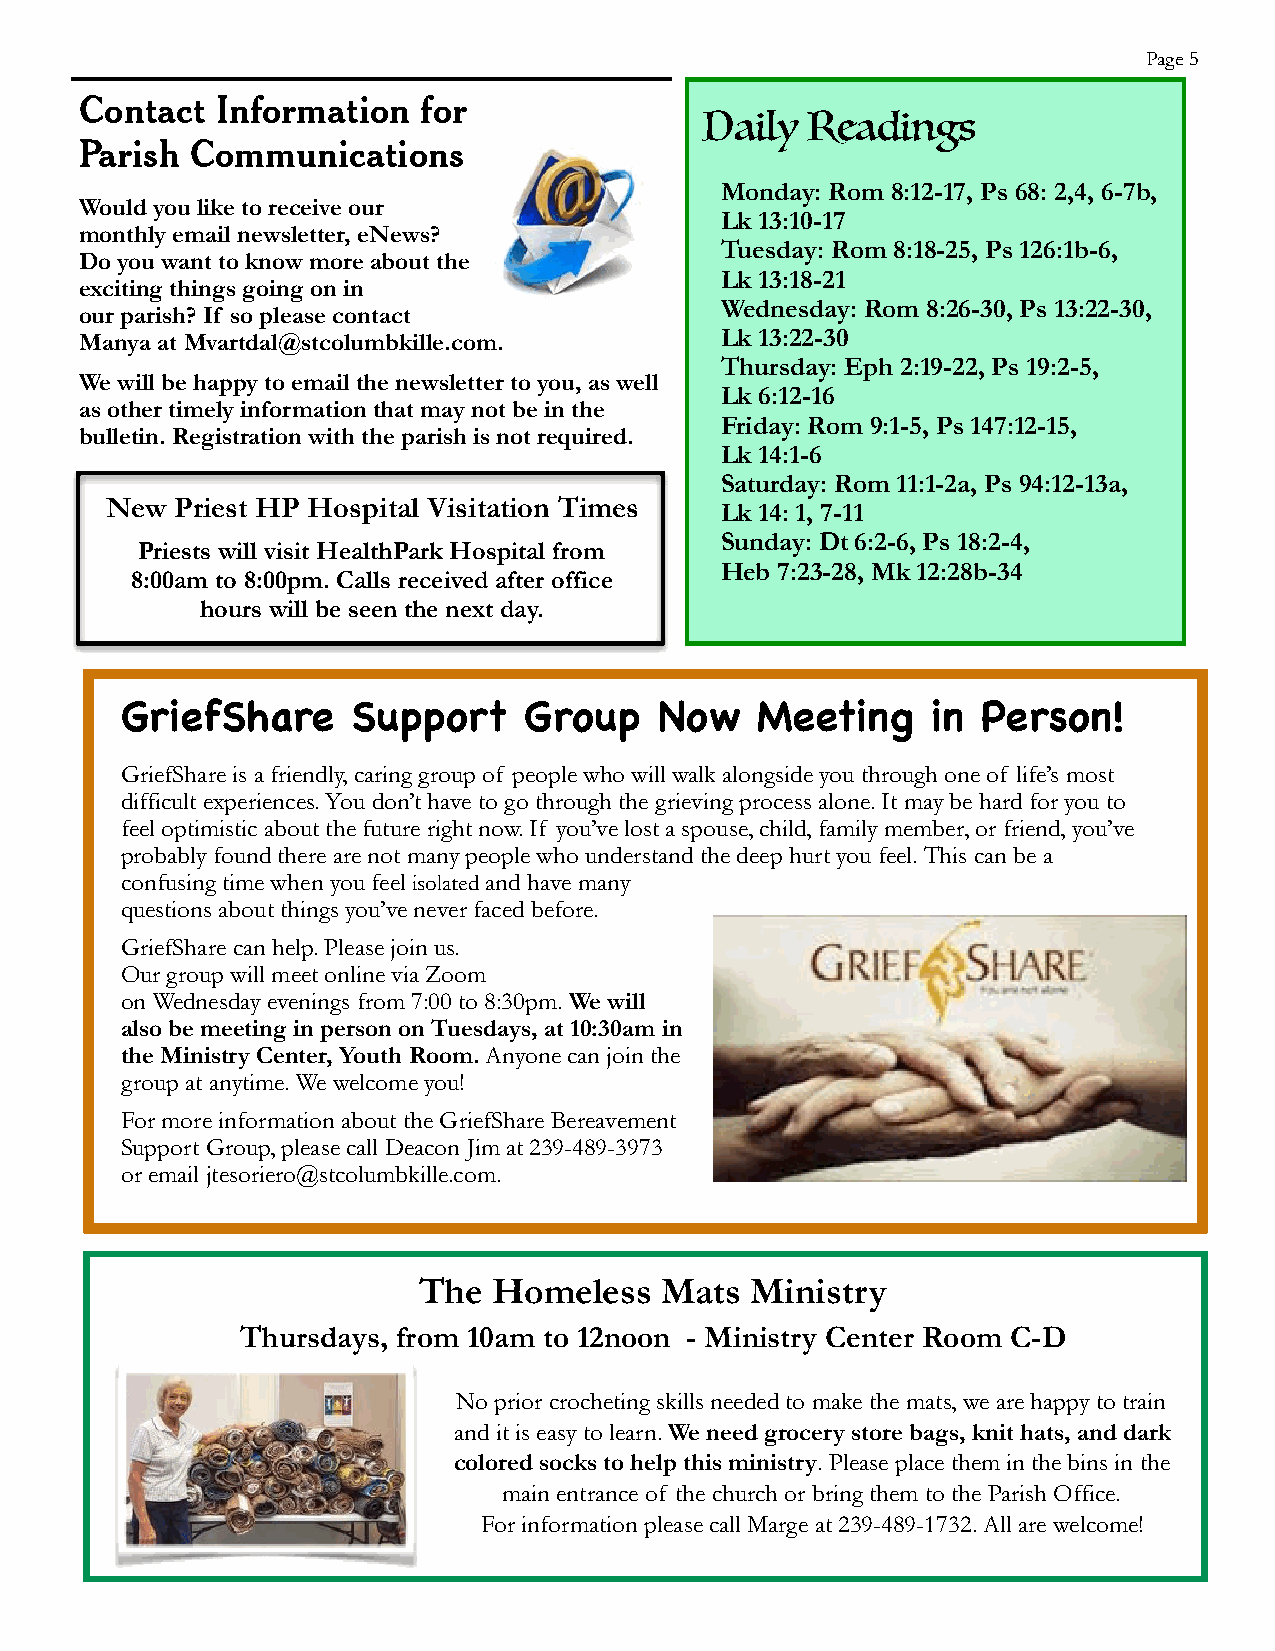
Page 5
 Contact  Information   for
 Daily  Readings
 Parish  Communications
 Monday: Rom 8:12-17, Ps 68: 2,4, 6-7b,
 Would you like to receive our
 Lk 13:10-17
 monthly email newsletter, eNews?
 Tuesday: Rom 8:18-25, Ps 126:1b-6,
 Do you want to know more about the
 Lk 13:18-21
 exciting things going on in
 Wednesday: Rom 8:26-30, Ps 13:22-30,
 our parish? If so please contact
 Manya at Mvartdal@stcolumbkille.com.       Lk 13:22-30
 Thursday: Eph 2:19-22, Ps 19:2-5,
 We will be happy to email the newsletter to you, as well
 Lk 6:12-16
 as other timely information that may not be in the
 Friday: Rom 9:1-5, Ps 147:12-15,
 bulletin. Registration with the parish is not required.
 Lk 14:1-6
 Saturday: Rom 11:1-2a, Ps 94:12-13a,
 New  Priest HP Hospital Visitation Times
 Lk 14: 1, 7-11
 Sunday: Dt 6:2-6, Ps 18:2-4,
 Priests will visit HealthPark Hospital from
 Heb 7:23-28, Mk 12:28b-34
 8:00am to 8:00pm. Calls received after office
 hours will be seen the next day.
 GriefShare     Support     Group    Now   Meeting     in Person!
 GriefShare is a friendly, caring group of people who will walk alongside you through one of life’s most
 difficult experiences. You don’t have to go through the grieving process alone. It may be hard for you to
 feel optimistic about the future right now. If you’ve lost a spouse, child, family member, or friend, you’ve
 probably found there are not many people who understand the deep hurt you feel. This can be a
 confusing time when you feel isolated and have many
 questions about things you’ve never faced before.
 GriefShare can help. Please join us.
 Our group will meet online via Zoom
 on Wednesday evenings from 7:00 to 8:30pm. We will
 also be meeting in person on Tuesdays, at 10:30am in
 the Ministry Center, Youth Room. Anyone can join the
 group at anytime. We welcome you!
 For more information about the GriefShare Bereavement
 Support Group, please call Deacon Jim at 239-489-3973
 or email jtesoriero@stcolumbkille.com.
 The  Homeless   Mats  Ministry
 Thursdays, from 10am to 12noon - Ministry Center Room C-D
 No prior crocheting skills needed to make the mats, we are happy to train
 and it is easy to learn. We need grocery store bags, knit hats, and dark
 colored socks to help this ministry. Please place them in the bins in the
 main entrance of the church or bring them to the Parish Office.
 For information please call Marge at 239-489-1732. All are welcome!